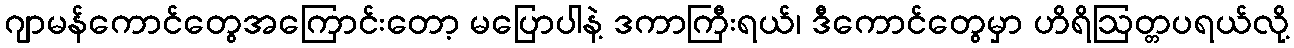
ဂျာမန်ကောင်တွေအကြောင်းတော့ မပြောပါနဲ့ ဒကာကြီးရယ်၊ ဒီကောင်တွေမှာ ဟိရိဩတ္တပရယ်လို့